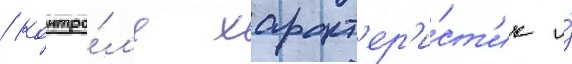
/ контро́л'я характ'ер'и́ст'ик и́